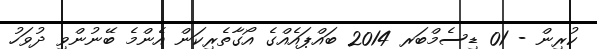
ކުރިން - 01 ޑިސެމްބަރ 2014 ބައްޕައެއްގެ އޯގާތެރިކަން އެންމެ ބޭނުންވި ދުވަހު